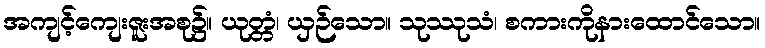
အကျင့်ကျေးဇူးအစု၌။ ယုတ္တံ၊ ယှဉ်သော။ သုဿုသံ၊ စကားကိုနားထောင်သော။